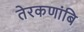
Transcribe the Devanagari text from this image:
तेरकणांबि